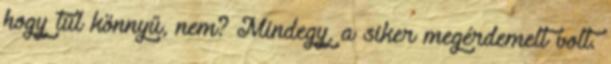
hogy túl könnyű, nem? Mindegy, a siker megérdemelt volt.